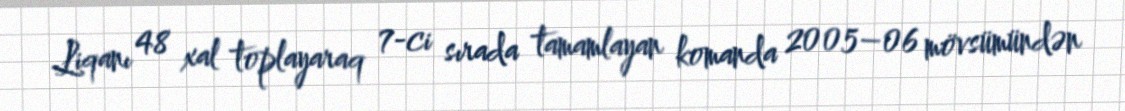
Liqanı 48 xal toplayaraq 7-ci sırada tamamlayan komanda 2005–06 mövsümündən